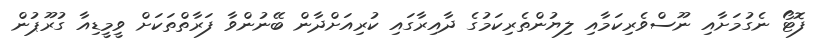
ފޮޓޯ ނެގުމަށާއި ނޫސްވެރިކަމާއި ލިޔުންތެރިކަމުގެ ދާއިރާގައި ކުރިއަށްދާން ބޭނުންވާ ފަރާތްތަކަށް ވީމީޑިއާ ގުރޫޕުން